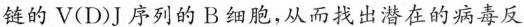
链的V(D)J序列的B细胞,从而找出潜在的病毒反